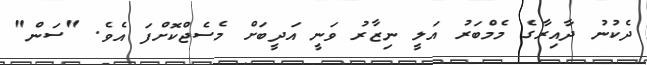
ދެކުނު ދާއިރާގެ މެމްބަރު އަލީ ނިޒާރު ވަނީ އަދީބަށް މެސެޖްކޮށްފަ އެވެ. "ސަން"